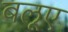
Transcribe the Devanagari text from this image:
बलूए